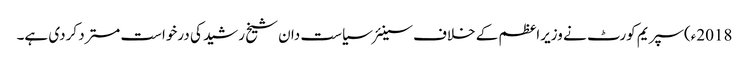
2018ء)سپریم کورٹ نے وزیراعظم کے خلاف سینئر سیاست دان شیخ رشید کی درخواست مسترد کردی ہے۔